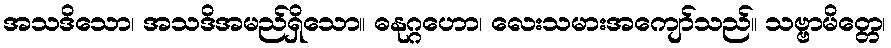
အသဒိသော၊ အသဒိအမည်ရှိသော။ ဓနုဂ္ဂဟော၊ လေးသမားအကျော်သည်။ သဗ္ဗာမိတ္တေ၊